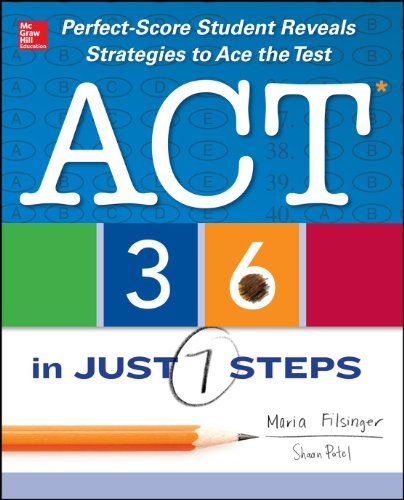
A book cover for ACT 36 in Just 7 Steps; Maria Filsinger; Test Preparation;